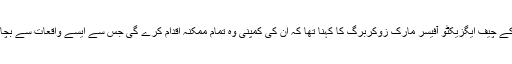
فیس بک کے چیف ایگزیکٹو آفیسر مارک زوکربرگ کا کہنا تھا کہ ان کی کمپنی وہ تمام ممکنہ اقدام کرے گی جس سے ایسے واقعات سے بچا جا سکے۔